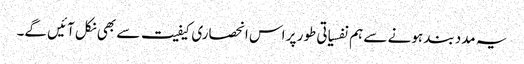
یہ مدد بند ہونے سے ہم نفسیاتی طور پر اس انحصاری کیفیت سے بھی نکل آئیں گے۔